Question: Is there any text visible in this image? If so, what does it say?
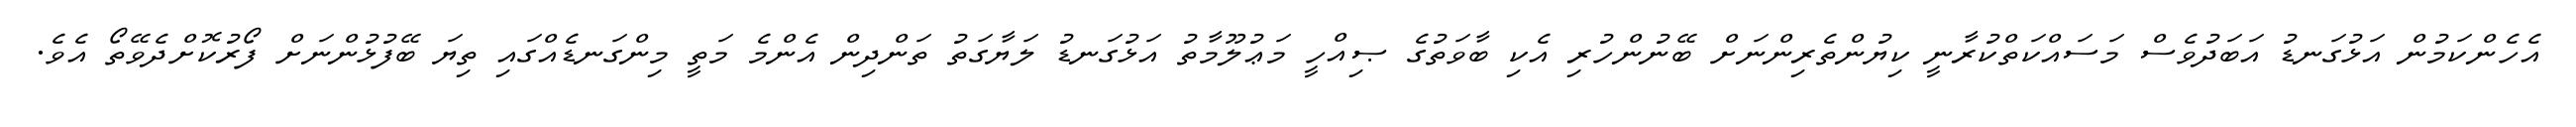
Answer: އެހެންކަމުން އަޅުގަނޑު އަބަދުވެސް މަސައްކަތްކުރާނީ ކިޔުންތެރިންނަށް ބޭނުންހުރި އެކި ބާވަތުގެ ޞިއްހީ މަޢުލޫމާތު އަޅުގަނޑު ލަޔާގަތު ތަންދިން އެންމެ މަތީ މިންގަނޑެއްގައި ތިޔަ ބޭފުޅުންނަށް ފޯރުކޮށްދެވޭތޯ އެވެ.